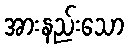
အားနည်းသော